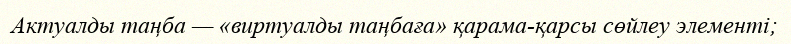
Актуалды таңба — «виртуалды таңбаға» қарама-қарсы сөйлеу элементі;